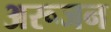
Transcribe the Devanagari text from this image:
अरूजन